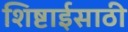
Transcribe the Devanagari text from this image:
शिष्टाईसाठी